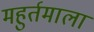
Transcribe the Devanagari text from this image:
महुर्तमाला